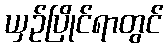
ယှဉ်ပြိုင်ရာတွင်